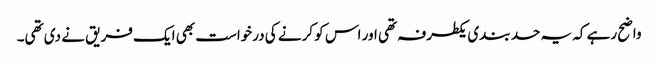
واضح رہے کہ یہ حد بندی یکطرفہ تھی اور اس کو کرنے کی درخواست بھی ایک فریق نے دی تھی۔